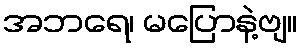
အဘရေ၊ မပြောနဲ့ဗျ။